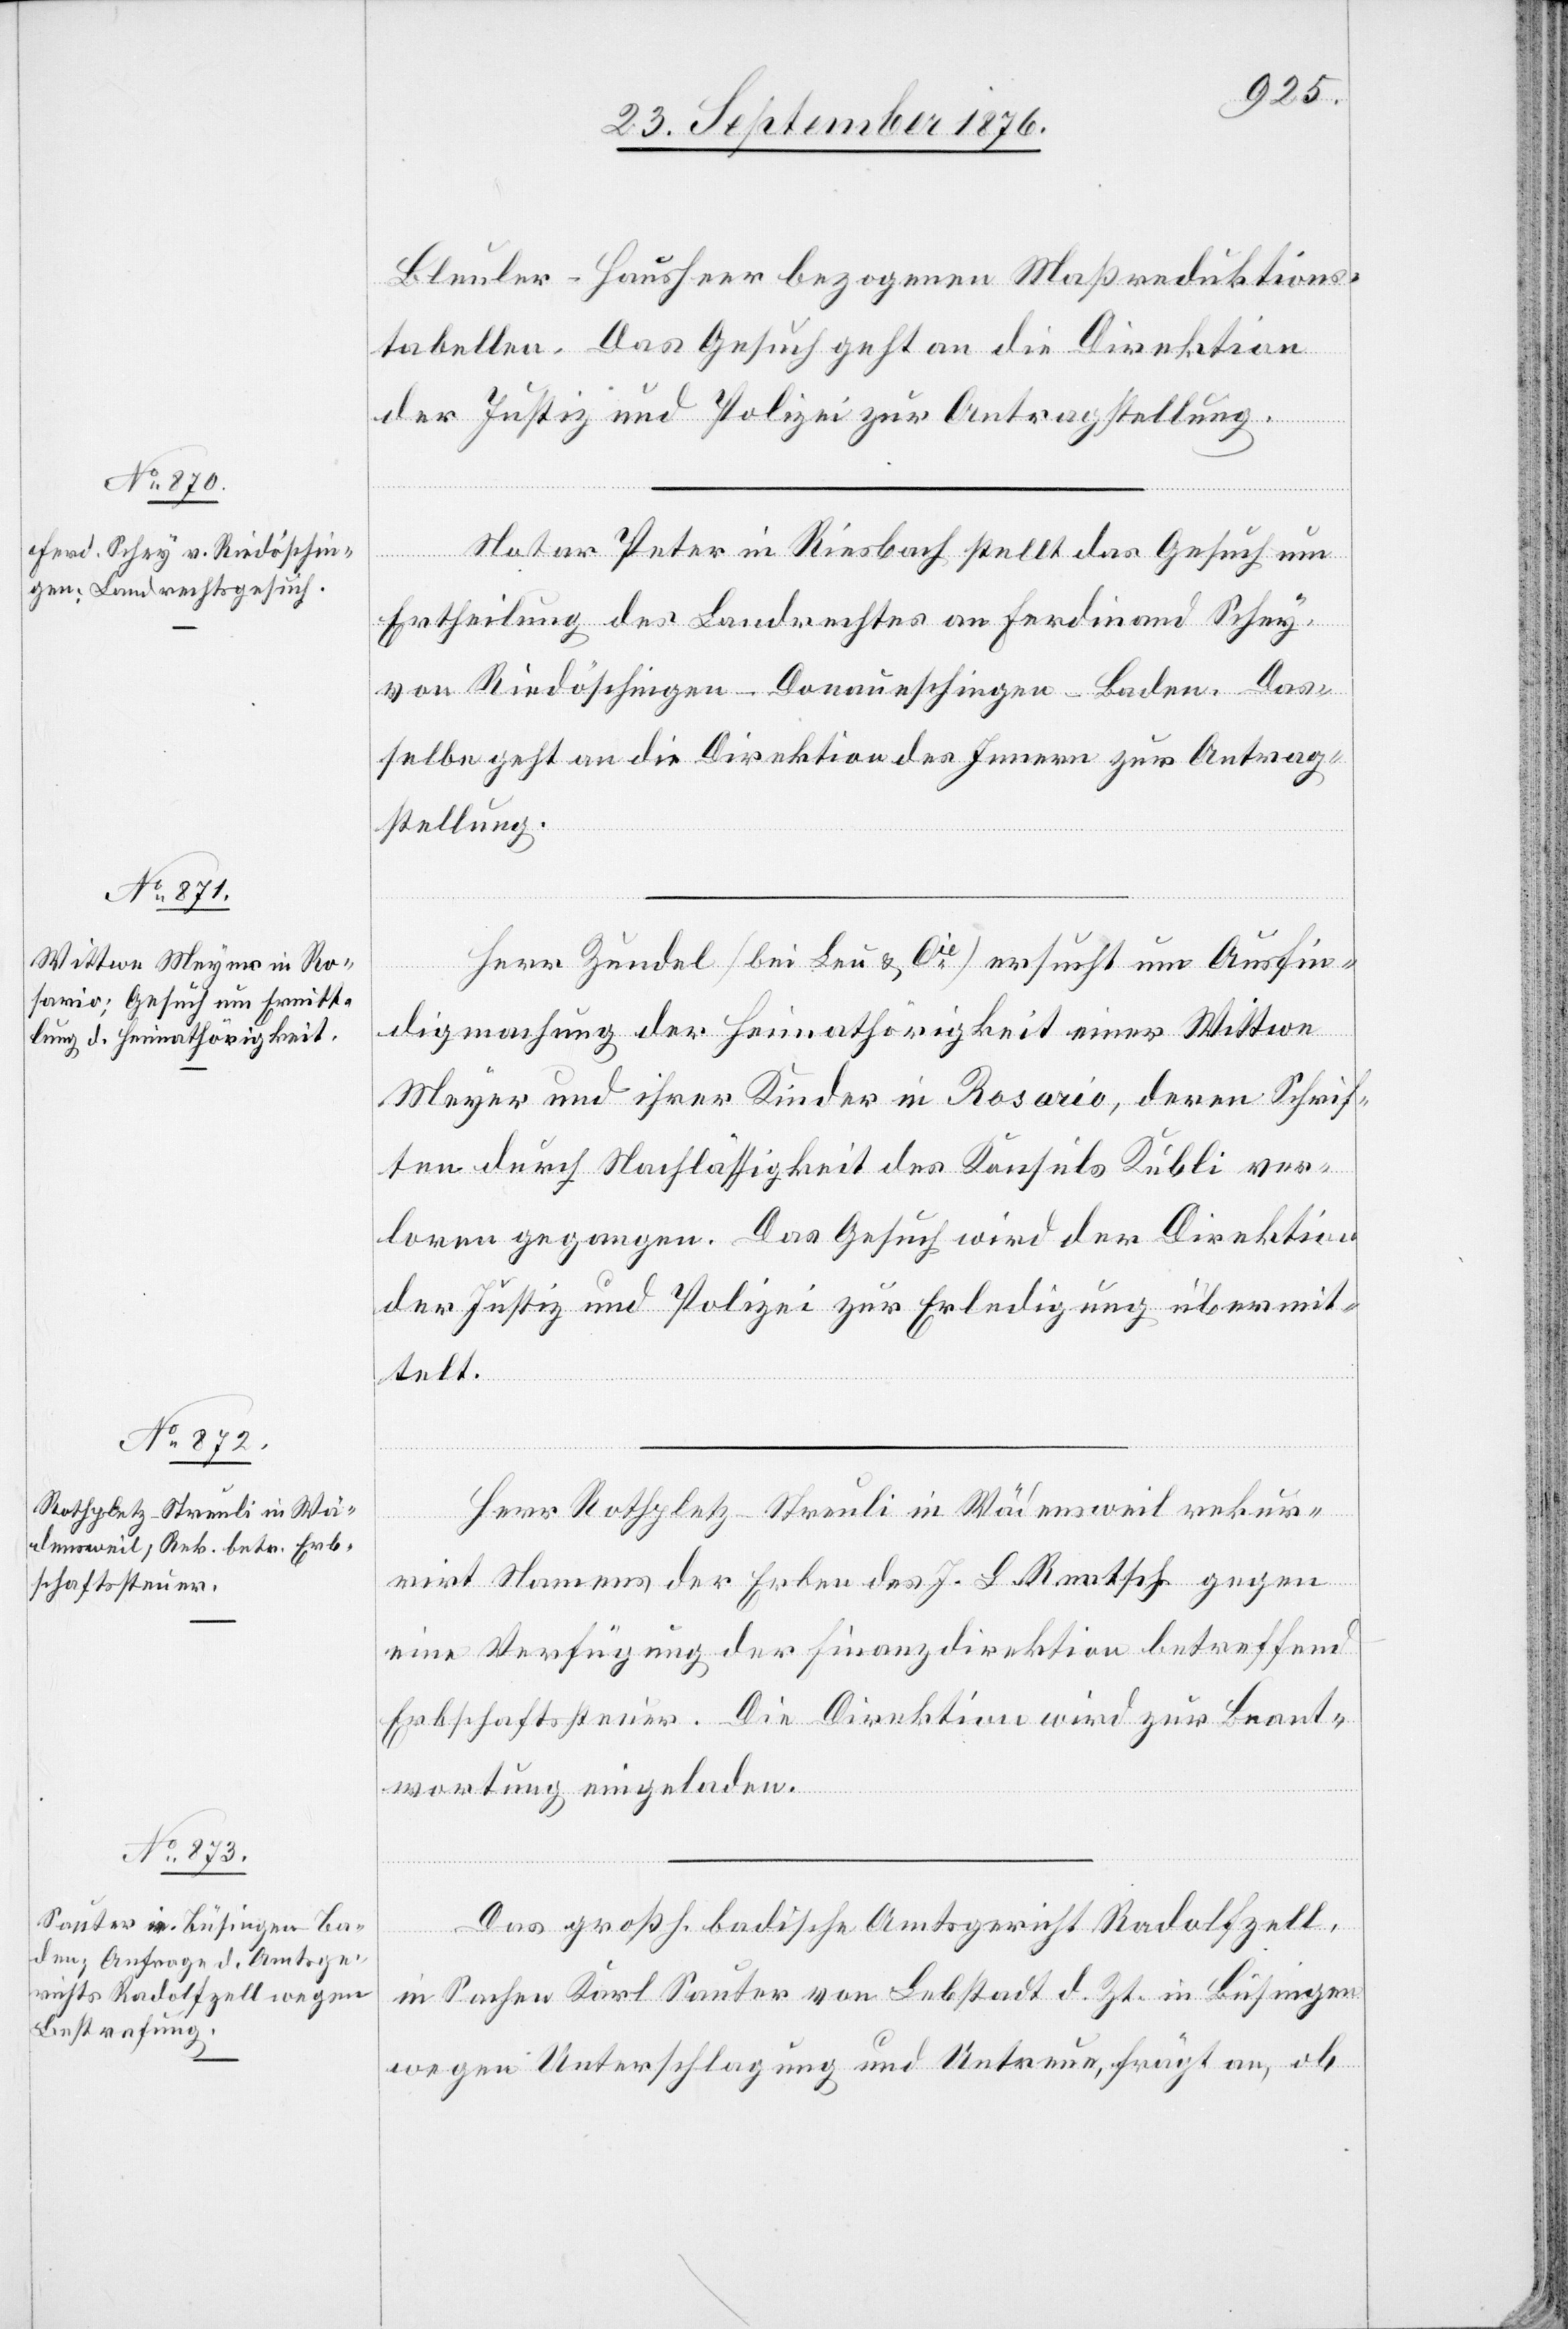
28. September 1876.]
Bleuler-Hausheer bezogenen Maßreduktions¬
tabellen. Das Gesuch geht an die Direktion
der Justiz und Polizei zur Antragstellung.
Notar Peter in Riesbach stellt das Gesuch um
Ertheilung des Landrechtes an Ferdinand Schey
von Riedöschingen - Donaueschingen - Baden. Das¬
selbe geht an die Direktion des Innern zur Antrag¬
stellung.
Herr Zundel [bei Lau & Cie] ersucht um Ausfin¬
digmachung der Heimathörigkeit einer Wittwe
Meyer und ihrer Kinder in Rosario, deren Schrif¬
ten durch Nachlässigkeit des Konsuls Kubli ver¬
loren gegangen. Das Gesuch wird der Direktion
der Justiz und Polizei zur Erledigung übermit¬
telt.
Herr Rothpletz-Streuli in Wädensweil rekur¬
rirt Namens der Erben des J. L. Rentsch gegen
eine Verfügung der Finanzdirektion betreffend
Erbschaftssteuer. Die Direktion wird zu Beant¬
wortung eingeladen.
Das großh. badische Amtsgericht Radolfzell,
in Sachen Karl Sauter von Lebstadt d. Zt. in Büsingen
wegen Unterschlagung und Untreue, frägt an, ob